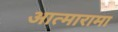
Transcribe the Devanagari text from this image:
आत्मारामा